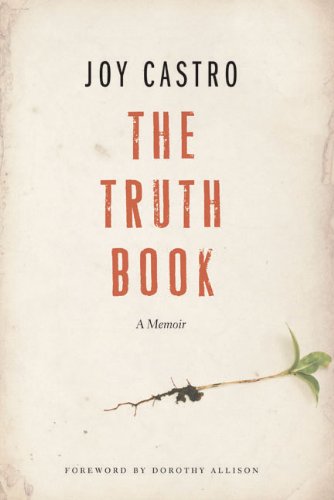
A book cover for The Truth Book: A Memoir; Joy Castro; Christian Books & Bibles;